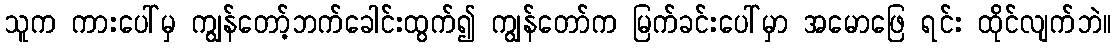
သူက ကားပေါ်မှ ကျွန်တော့်ဘက်ခေါင်းထွက်၍ ကျွန်တော်က မြက်ခင်းပေါ်မှာ အမောဖြေ ရင်း ထိုင်လျက်ဘဲ။